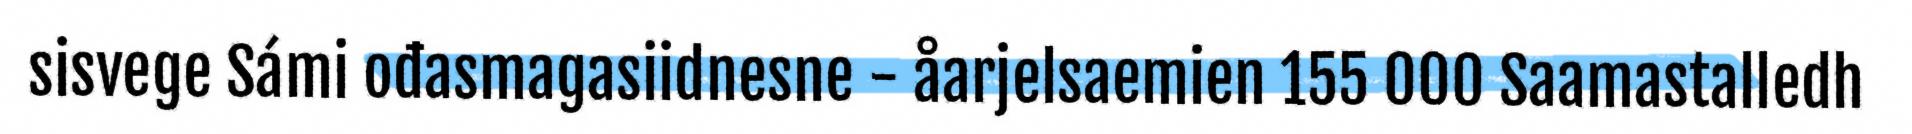
sisvege Sámi ođasmagasiidnesne - åarjelsaemien 155 000 Saamastalledh